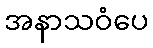
အနာသဝံပေ